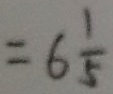
= 6 \frac { 1 } { 5 }